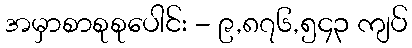
အမှာစာစုစုပေါင်း - ၉,၈၇၆,၅၄၃ ကျပ်